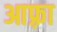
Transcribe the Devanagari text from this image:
आफ़्रा